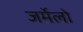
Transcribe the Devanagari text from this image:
जर्मेलो